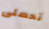
تحصلى